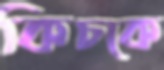
কিচকে